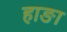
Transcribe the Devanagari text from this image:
हाङा